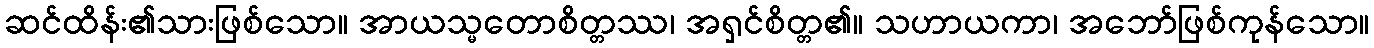
ဆင်ထိန်း၏သားဖြစ်သော။ အာယသ္မတောစိတ္တဿ၊ အရှင်စိတ္တ၏။ သဟာယကာ၊ အဘော်ဖြစ်ကုန်သော။